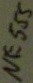
Text: NE555